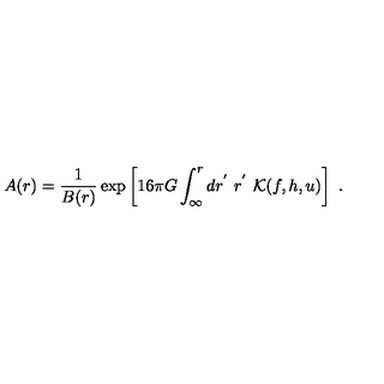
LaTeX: A ( r ) = \frac 1 { B ( r ) } \exp \left[ 1 6 \pi G \int _ { \infty } ^ { r } d r ^ { ' } \ r ^ { ' } \ { \cal K } ( f , h , u ) \right] \ .